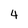
Character: 4